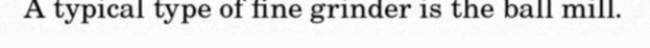
A typical type of fine grinder is the ball mill.